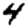
Digit: 4